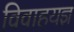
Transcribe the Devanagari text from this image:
विवाहयज्ञ